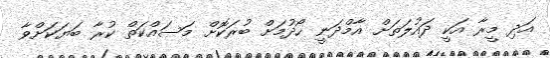
އަދި މީރާ އަކީ ދައުލަތަށް އާމްދަނީ ހޯދުމަށް ބުރަކޮށް މަސައްކަތް ކުރާ ބަޔަކަށްވާ